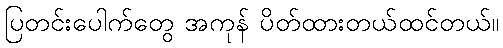
ပြတင်းပေါက်တွေ အကုန် ပိတ်ထားတယ်ထင်တယ်။